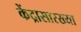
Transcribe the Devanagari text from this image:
केंद्रासारख्या